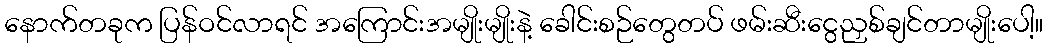
နောက်တခုက ပြန်ဝင်လာရင် အကြောင်းအမျိုးမျိုးနဲ့ ခေါင်းစဉ်တွေတပ် ဖမ်းဆီးငွေညှစ်ချင်တာမျိုးပေါ့။